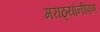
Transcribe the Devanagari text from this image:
मराठ्यांनीपण